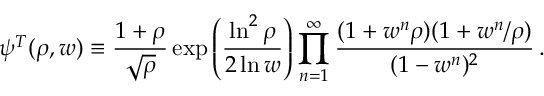
\psi ^ { T } ( \rho , w ) \equiv { \frac { 1 + \rho } { \sqrt \rho } } \exp \left( { \frac { \ln ^ { 2 } \rho } { 2 \ln w } } \right) \prod _ { n = 1 } ^ { \infty } { \frac { ( 1 + w ^ { n } \rho ) ( 1 + w ^ { n } / \rho ) } { ( 1 - w ^ { n } ) ^ { 2 } } } \, .